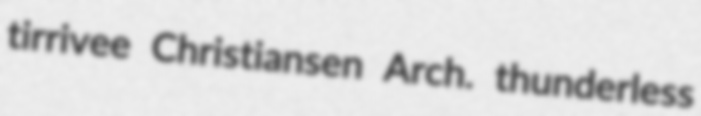
tirrivee Christiansen Arch. thunderless